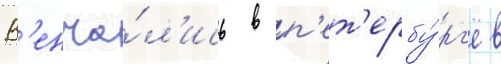
В'енча́л'ись в п'ет'ербу́рг'е в